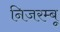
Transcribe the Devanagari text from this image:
निजरम्बू